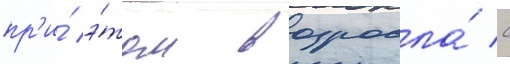
пр'и́ э́том возросла́ с